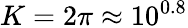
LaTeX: K=2\pi\approx 10^{0.8}